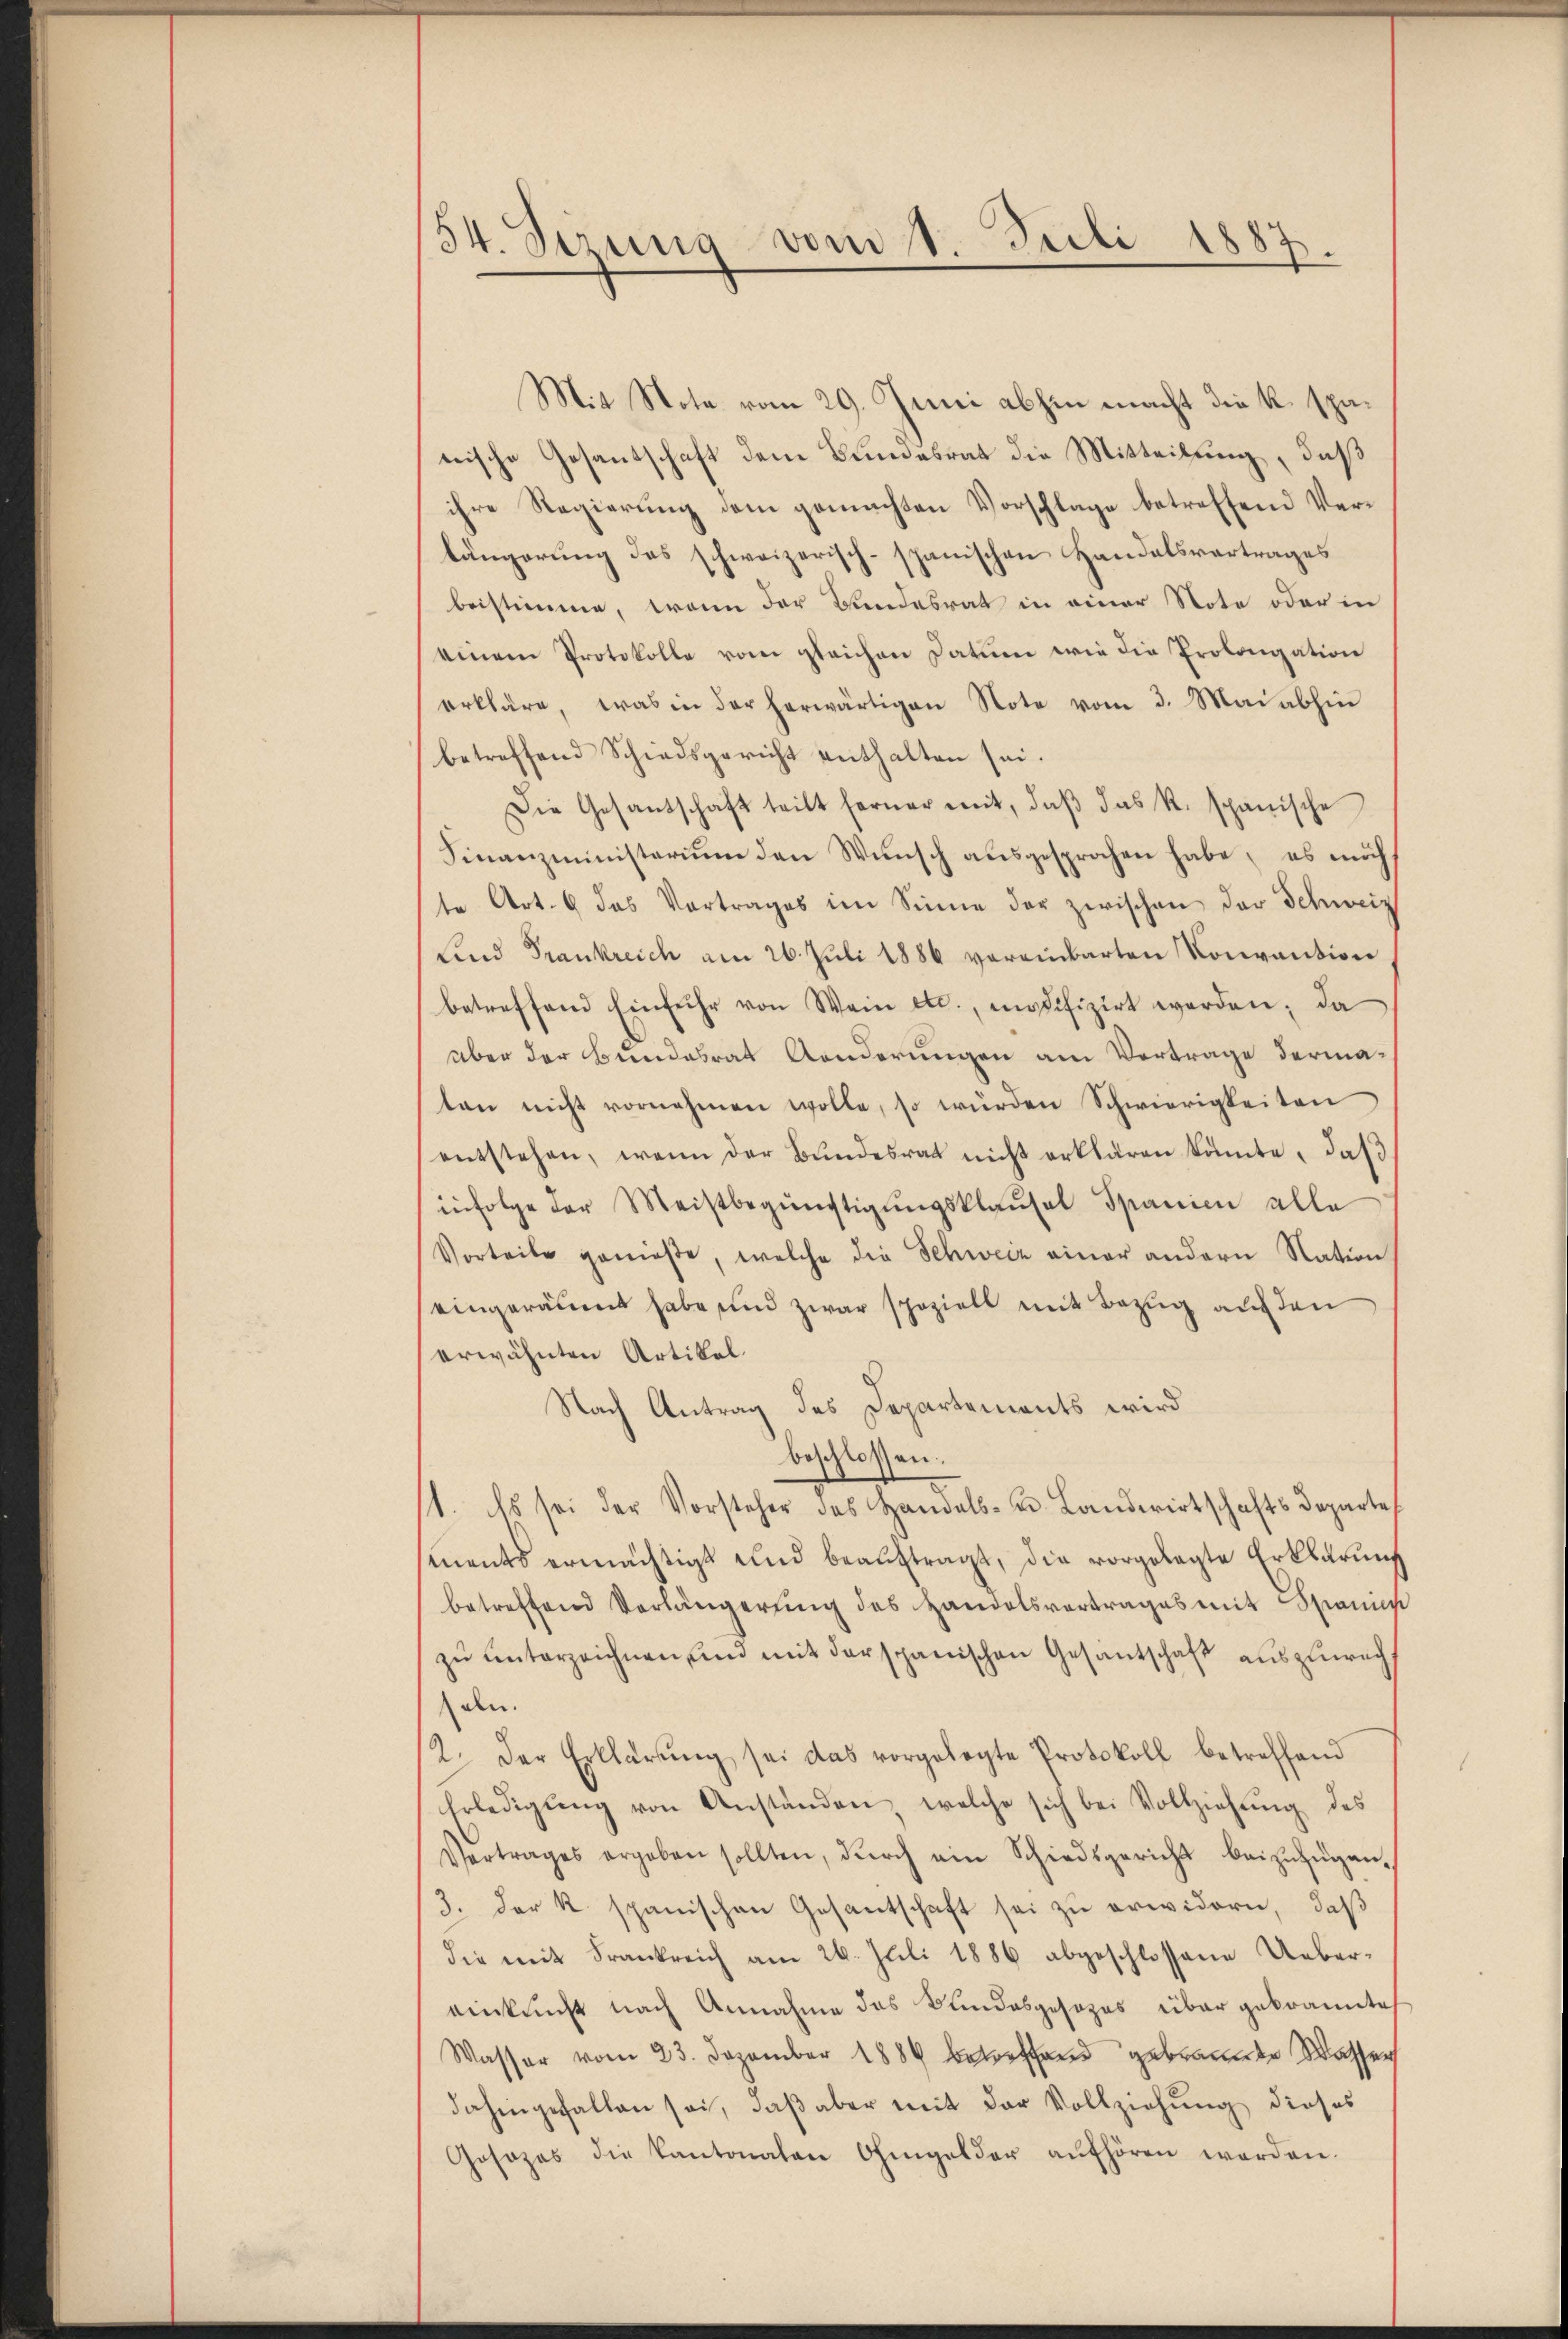
54. Sizung vom 14. Juli 1887.

Mit Nota vom 29. Juni abhin macht die k. spänische Gesantschaft dem Bundesrat die Mitteilung, daß
ihre Regierung dem gemachten Vorschlage betreffend Verlängerung des schweizerisch-spanischen Handelsvortrages
beistimme, wenn der Bundesrat in einer Note oder in
einem Protokolle vom gleichen Datum wie die Prolongation
erkläre, was in der herwärtigen Note vom 3. Mai abhin
betreffend Schiedsgericht enthalten sei.
Die Gesandschaft teilt ferner mit, daβ das k. spanische
Finanzministerium den Wünsch aŭsgesprochen habe, es mich
te Art. 6 das Vortrages im Sinne der zwischen der Schweiz
Sind Frankreich am 26. Juli 1886 vereinbarten Konvention,
betreffend Einfuhr von Wein etc., modifizirt werden; da
über der Bundesrat Anderungen am Vortrage dermaten nicht vornehmen wolle, so würden Schwierigkeiten,
entstehen, wenn der Bŭndesrat nicht erklären könnte, daβ
infolge der Meistbegünstigungsklausel Spanien alle
Vorteile genieße, welche die Schweiz einer andern Nation
eingeräumt habe und zwar speziell mit Bezug auf den
erwähnten Artikel.
Nach Antrag des Departements wird
beschlossen:
st. Es sei der Vorsteher des Handels- u. Landwirtschafts Departe
ments ermächtigt und beauftragt, die vorgelegte Erklärung
betreffend Verlängerŭng des Handelsvertrages mit Spanis
zu unterzeichnen, und mit der spanischen Gesantschaft auszuwach
den.
12. Der Erklärŭng sei das vorgelegte Protokoll betreffend
Erledigŭng von Anständen, welche sich bei Vollziehung des
Vertrages ergeben sollten, dŭrch ein Schiedsgericht beizŭzŭgan-
3. der K. spanischen Gesantschaft sei zu erwidern, daß
die mit Frankreich am 26. Juli 1886 abgeschlossene Uebereinkunft nach Annahme des Bundesgesezes über gebrannte
Wasser vom 23. Dezember 1889 betreffend gebrannte Wasser
dahingefallen sei, daß aber mit der Vollziehung dieses
Gosozes die Kantonalen Ohmgelder aŭfhören werden.